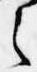
之